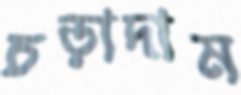
চড়াদাম